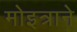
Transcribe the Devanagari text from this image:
मोइत्राने